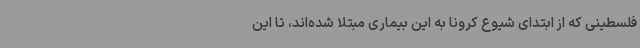
فلسطینی که از ابتدای شیوع کرونا به این بیماری مبتلا شده‌اند، تا این